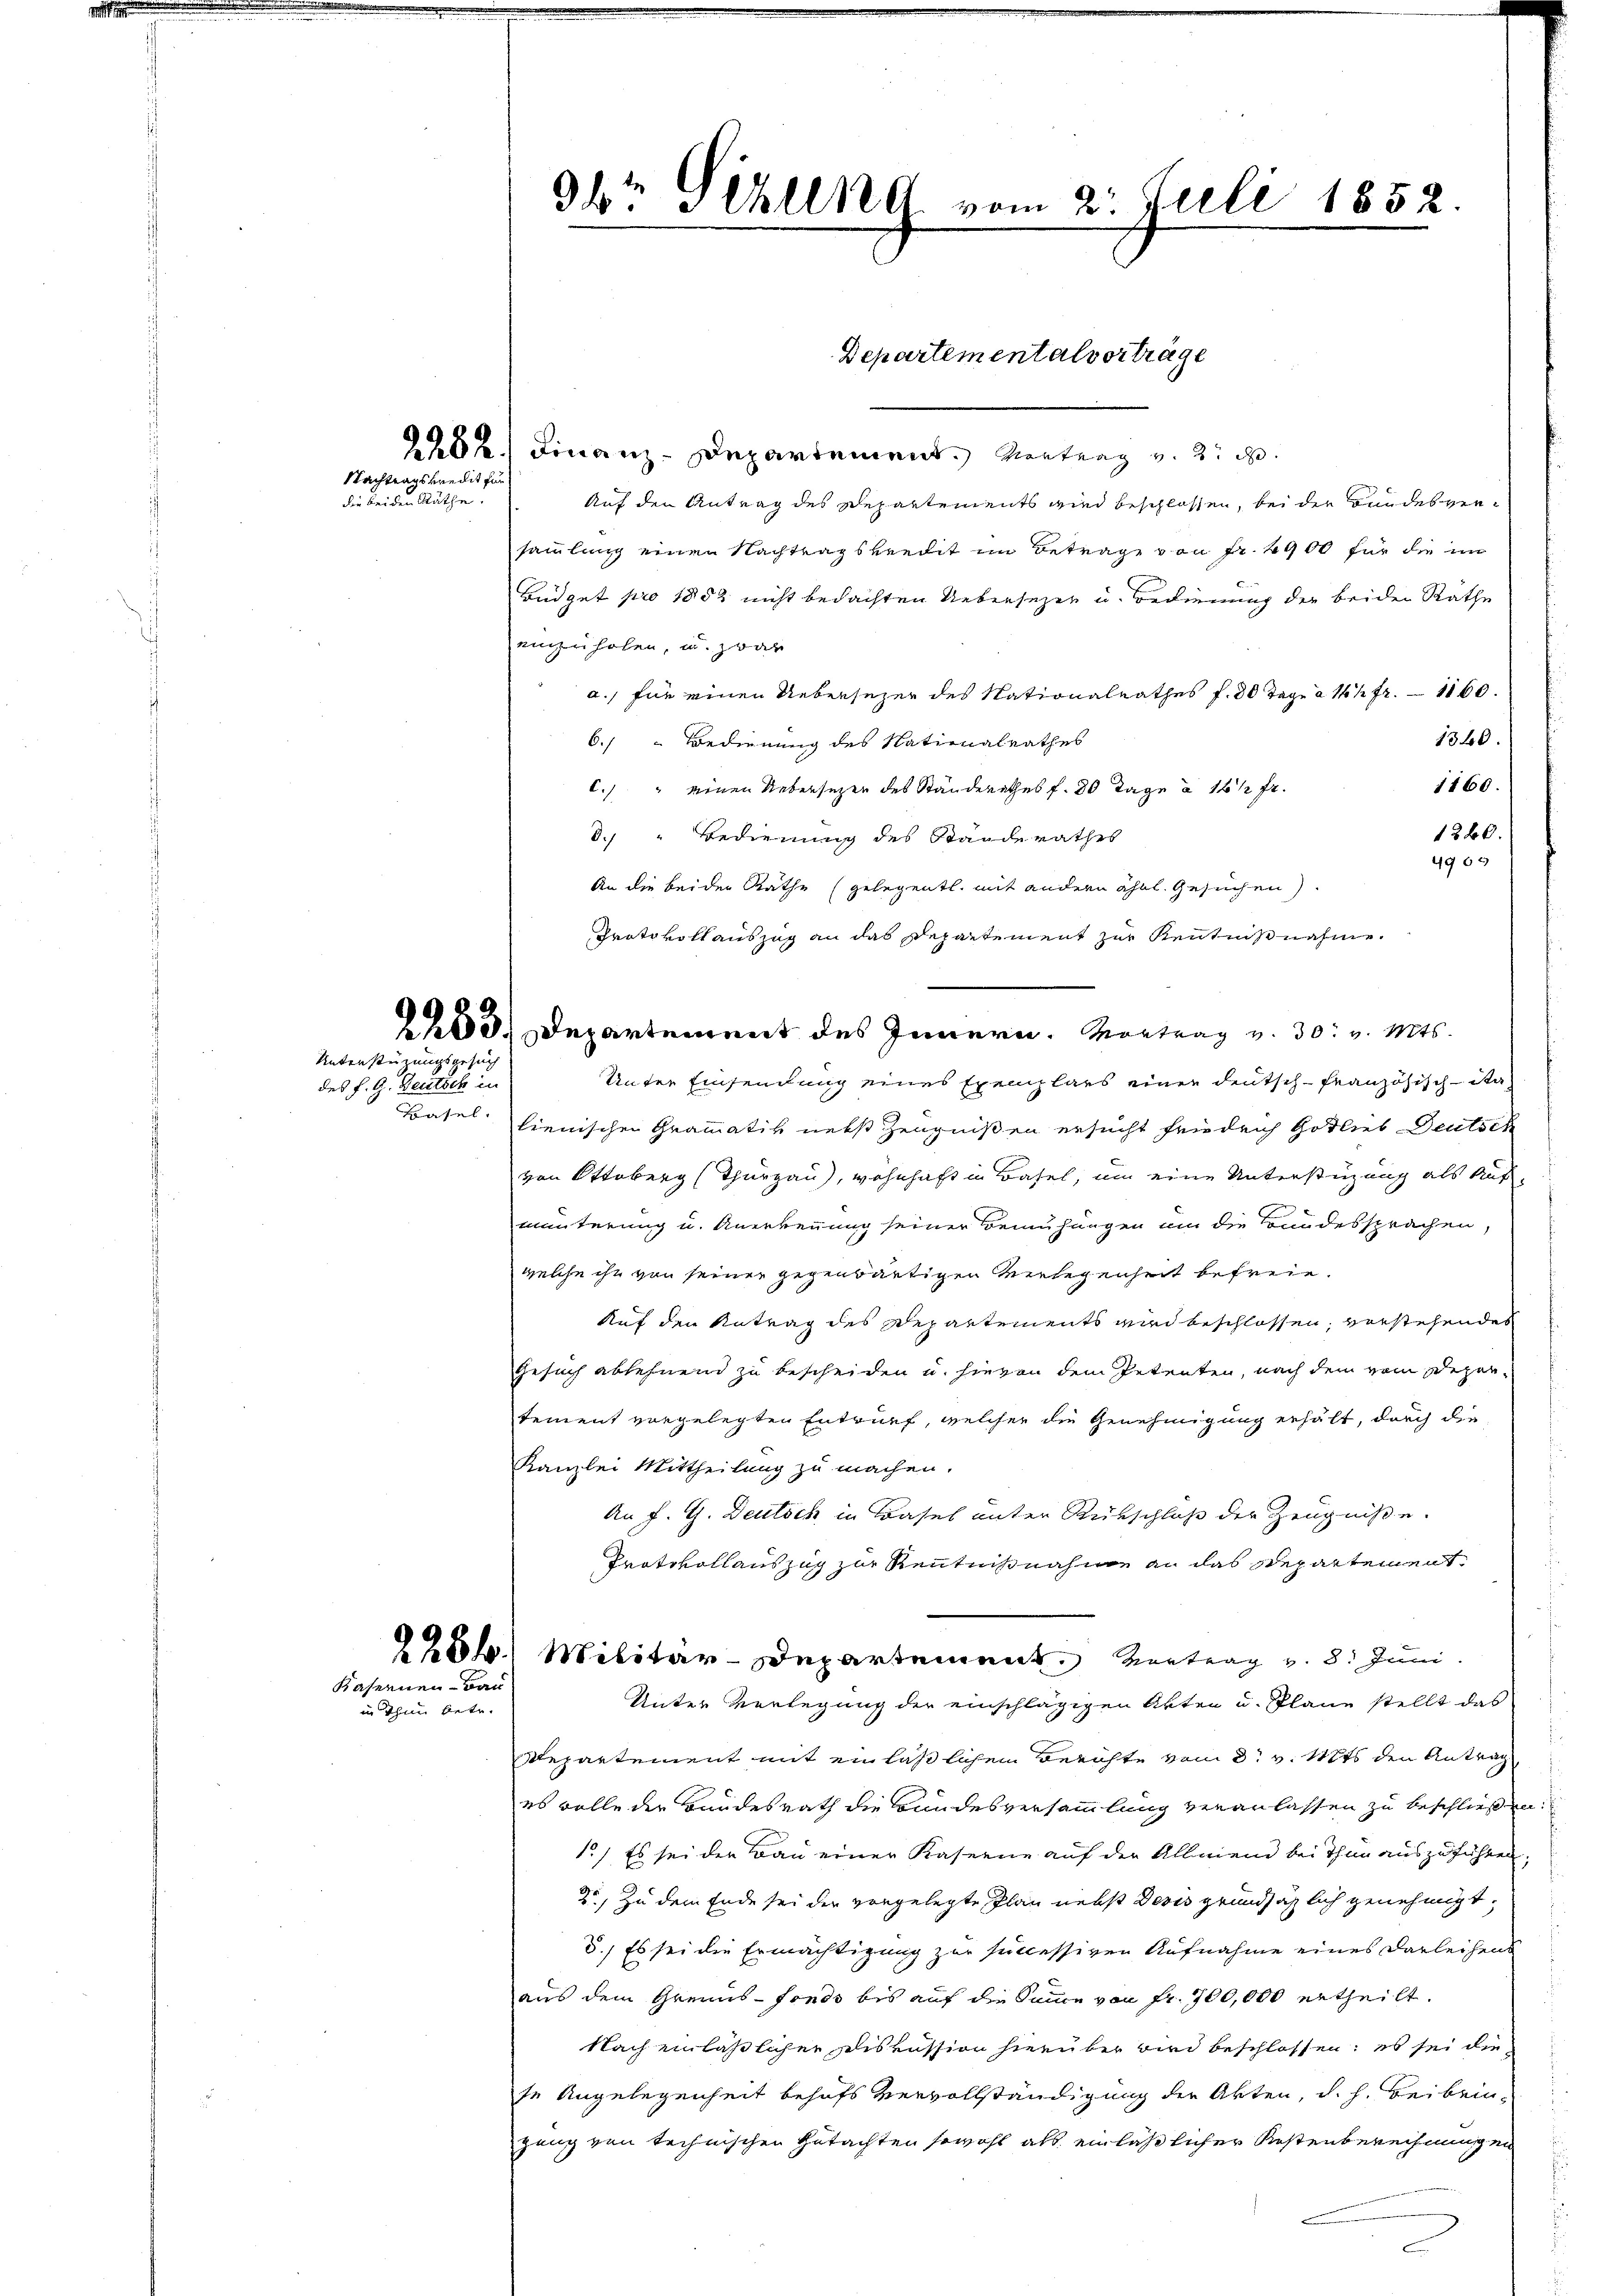
m

Nachtragskredit für
die beiden Räthe.

in Thun betr.

Unterstüzungsgesuch
des P. G. Deutsch in

Kasernen Bau

96. Fehlend. vom 2. Juli 1852.

2200. Departement des Innern. Vortrag v. 30. v. Mts.

Departementalverträge

2282.) Finanz-Departement. Vortrag v. 2. d.
Auf den Antrag des Departements wird beschlossen, bei der Bundesversammlung einen Nachtragskredit im Betrage von Fr. 4900 für die im
Büdget pro 1882 nicht bedachten Uebersezen u. Bedienung der beiden Rathe
einzuholen, u. zwar
a., für einen Uebersezer des Nationalrathes f. 30 Tage à 1 Fr. 1160.
1360.
6.) Bedienung des Nationalrathes
1160.
C.) " einen Uebersezen des Ständerathes f. 20 Tage à 16 1/2 Fr.
1240.
3. " Bedienung des Ständerathes
4964
An die beider Rathe (gelegentl. mit andern ähnl. Gesuchen).
Protokoll auszug an das Departement zur Kenntnißnahme.
Unter Einsendung eines Exemplars einer deutsch-französisch-Sta
Basel hienischen Grammativ nebst Zeugnißen ersucht fridrich Gotlieb Deutsch
von Ottoberg (Thurgau), wohnhaft in Basel, um eine Unterstüzung als Aufmunterung u. Anerkennung seiner Bemühungen um die Bundessprachen,
welche ihn von seiner gegenwärtigen Verlegenheit befreie.
Auf den Antrag des Departements wird beschlossen, verstehendes
Gesuch ablehnend zu bescheiden u. hievon dem Petenten, nach dem vom Departement vorgelegten Entwurf, welcher die Genehmigung erhält, durch die
Kanzlei Mittheilung zu machen.
An f. G. Deutsch in Basel unter Rückschloß der Zeugniße.
Protokollauszug zur Renntnisnahme an das Repartement
2286. Militär-Departement. Vortrag v. 8. Juni
Unter Verlegung der einschlägigen Akten u. Plane stellt das
Repartement mit einläßlichen Berichte vom 8t v. Mts. den Antrag
es wolle der Bundesrath die Bundesversammlung veranlassen zu beschließen.
1) Es sei der Bau einer Kaserne auf der Allmend bei Thun auszuführen;
20, Zu dem Ende sei der vorgelegte Plan nebst Decis grundsätzlich genehmigt,
3.) Es sei die Ermächtigung zur successiven Aufnahme eines Darleihens
aus dem Grenns-fonds bis auf die Summe von Fr. 700,000 ertheilt.
Nach einläßlichen Diskussion hierüber wird beschlossen: es sei diese Angelegenheit behufs Vervollständigung der Akten, d. h. Beibrin¬
.
ganz von technischen Gutachten sowohl als einläßlicher Kostenberechnungen